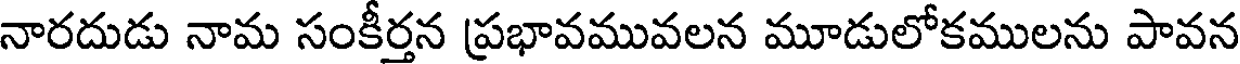
నారదుడు నామ సంకీర్తన ప్రభావమువలన మూడులోకములను పావన